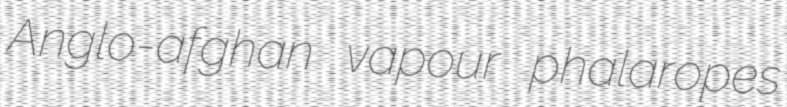
Anglo-afghan vapour phalaropes